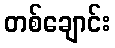
တစ်ချောင်း